Subject: cs
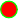
LaTeX code:
\begin{tikzpicture}
\filldraw[fill=red,draw=green] circle (3pt);
\end{tikzpicture}